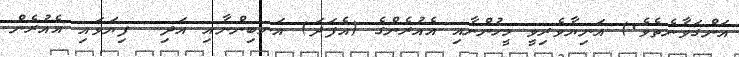
އަންގަވާނެތެވެ.) އަނިޔާވެރިވީ މީހުންނާއި އެއުރެންގެ (އެފަދަ) އަނބިންނާއި އަދި  ފިޔަވައި އެއުރެން